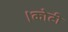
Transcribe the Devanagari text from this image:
।कोटी